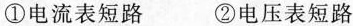
①电流表短路 ②电压表短路